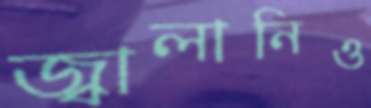
জ্বালানিও